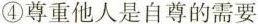
④尊重他人是自尊的需要